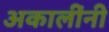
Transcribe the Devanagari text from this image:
अकालींनी